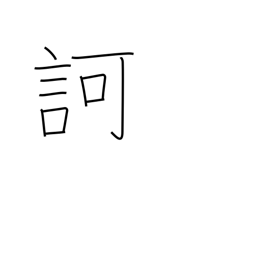
Meaning: scold